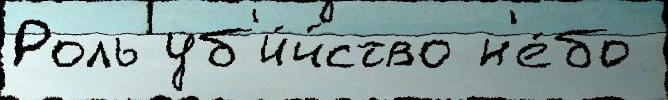
Роль уб'и́йство н'е́бо